Vaccination report Assam 1896-1927 - 1896-1927
Year: 1896
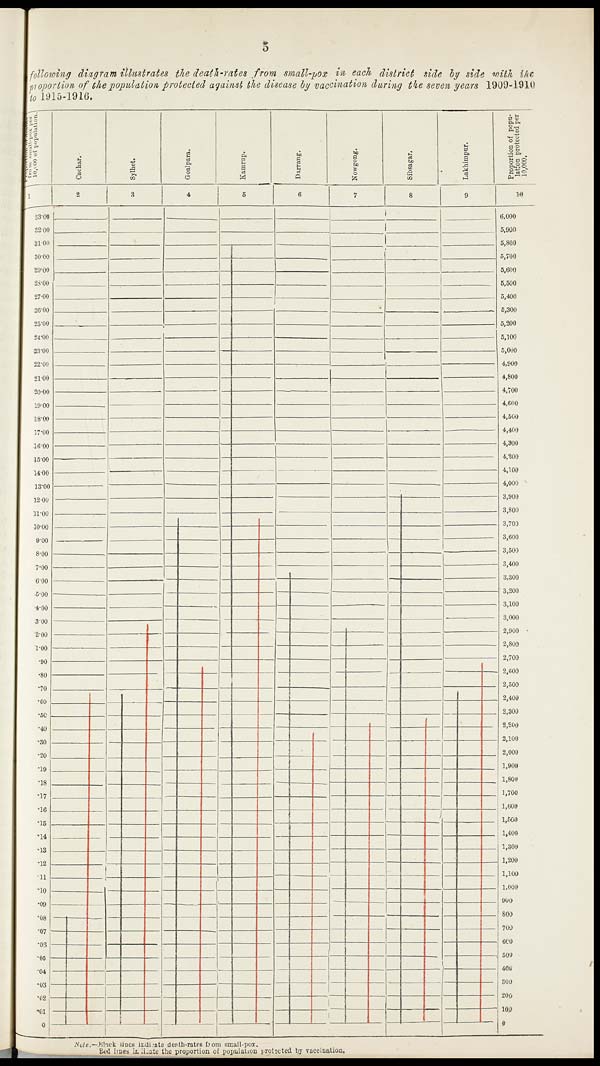
5
following diagram illustrates the death-rates from small-pox in each district side by side with the
proportion of the population protected against the disease by vaccination during the seven years 1909-1910
to 1915-1916.
Note—Black lines indimate death-rates from small-pox.
Red lines indicate the proportion of population protected by vaccination.